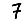
Digit: 7